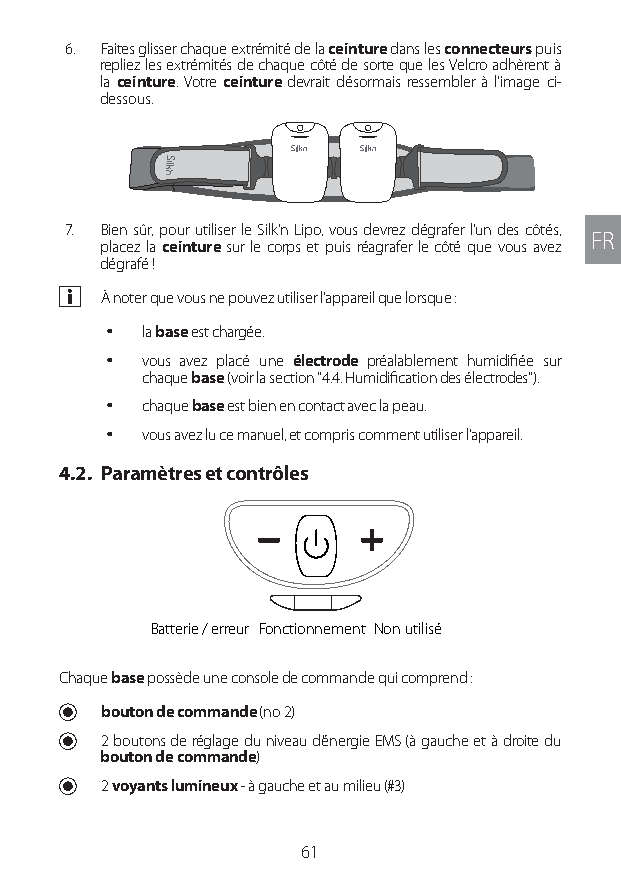
6. Faites glisser chaque extrémité de la ceinture dans les connecteurs puis
 repliez les extrémités de chaque côté de sorte que les Velcro adhèrent à
 la ceinture. Votre ceinture devrait désormais ressembler à l’image ci-
 dessous.
 7. Bien sûr, pour utiliser le Silk'n Lipo, vous devrez dégrafer l’un des côtés,
 FR
 placez la ceinture sur le corps et puis réagrafer le côté que vous avez
 dégrafé !
 a À noter que vous ne pouvez utiliser l’appareil que lorsque :
 y la base est chargée.
 y vous avez placé une électrode préalablement humidifiée sur
 chaque base (voir la section "4.4. Humidification des électrodes").
 y chaque base est bien en contact avec la peau.
 y vous avez lu ce manuel, et compris comment utiliser l’appareil.
 4.2. Paramètres et contrôles
 Batterie / erreur Fonctionnement Non utilisé
 Chaque base possède une console de commande qui comprend :
 U bouton de commande (no 2)
 U 2 boutons de réglage du niveau d’énergie EMS (à gauche et à droite du
 bouton de commande)
 U 2 voyants lumineux - à gauche et au milieu (#3)
 61
 Lipo UM EU124 3545B inside ALL EU124 ED296-24 release.indd 61 14/08/2018 10:57:35